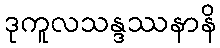
ဒုကူလသန္ဒဿနာနိ